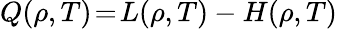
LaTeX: Q\! \left(\rho,T\right)\! =\! L\! \left(\rho,T\right)-H\! \left(\rho,T\right)